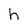
Character: h